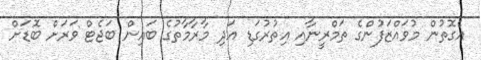
އެގޮތުން މުވައްޒަފުންގެ ތަމްރީނާއި އިތުރުގަޑި އަދި މާރާމާތުގެ ބައިން ބަޖެޓް ވަރަށް ބޮޑަށް